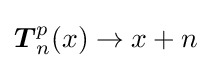
{\boldsymbol {T}}_{n}^{p}(x)\rightarrow x+n